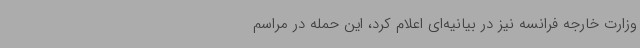
وزارت خارجه فرانسه نیز در بیانیه‌ای اعلام کرد، این حمله در مراسم